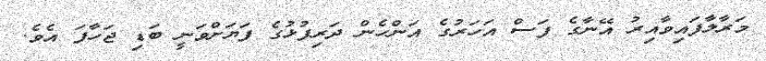
މަރާލާފައިވާއިރު އޭނާގެ ފަސް އަހަރުގެ އަންހެން ދަރިފުޅުގެ ފަޔަށްވަނީ ބަޑި ޖަހާފަ އެވެ.